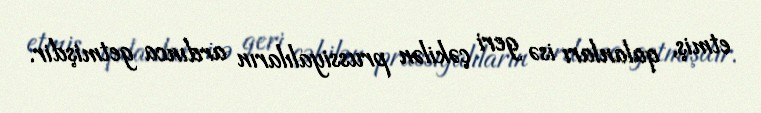
etmiş, qalanları isə geri çəkilən prussiyalıların ardınca getmişdir.